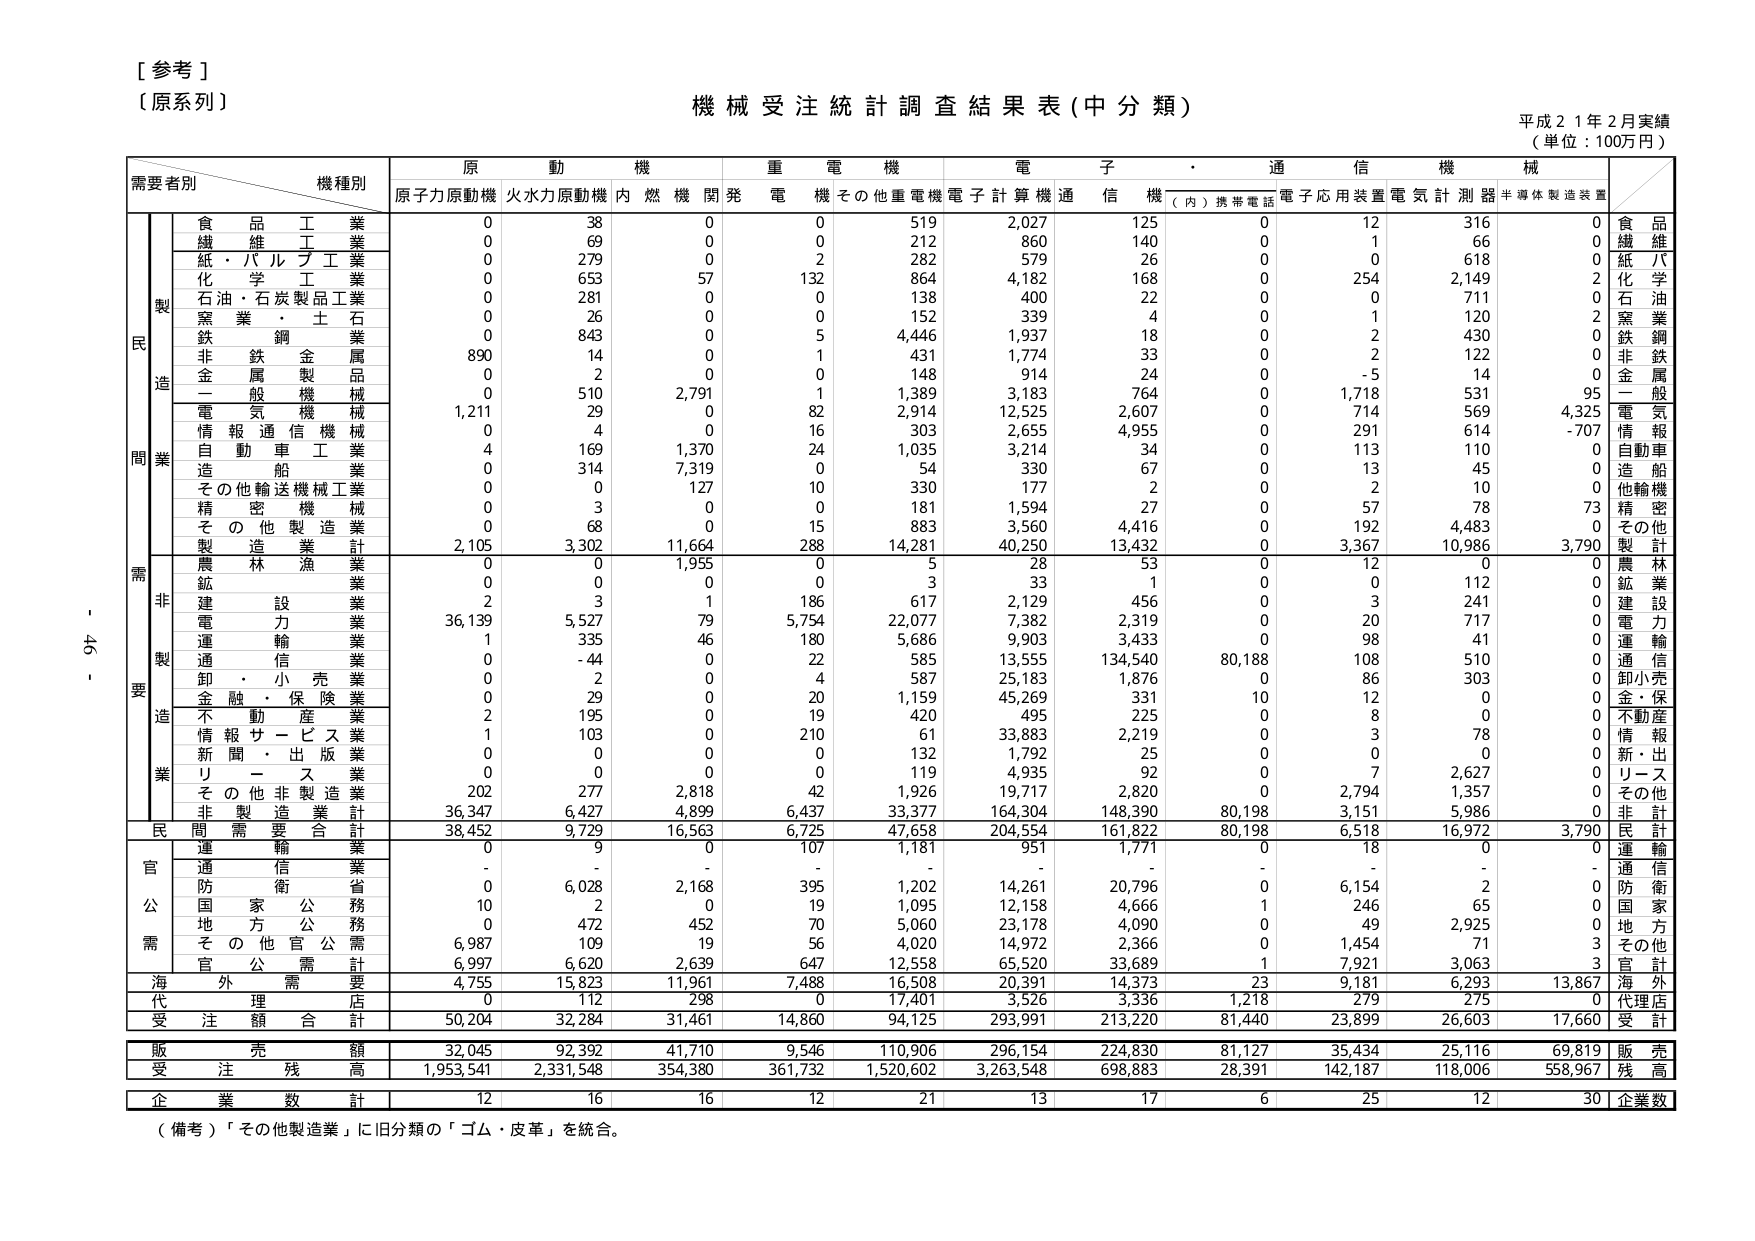
[参考]
（原系列）
機械受注統計調査結果表（中分類）
平成21年2月実績
（単位：100万円）

需要者別　　機種別
　　　　　　原動機　　重電機　　電子・通信機械
　　　　　　原子力原動機　火水力原動機　内燃機関発電機　その他重電機　電子計算機　通信機（内）携帯電話　電子応用装置　電気計測器　半導体製造装置

製造業
　　食品工業　　　　　　0　　　38　　　0　　　0　　　519　　　2,027　　　125　　　0　　　12　　　316　　　0
　　繊維工業　　　　　　0　　　69　　　0　　　0　　　212　　　860　　　140　　　0　　　1　　　66　　　0
　　紙・パルプ工業　　　0　　　279　　　0　　　2　　　282　　　579　　　26　　　0　　　0　　　618　　　0
　　化学工業　　　　　　0　　　653　　　57　　　132　　　864　　　4,182　　　168　　　0　　　254　　　2,149　　　2
　　石油・石炭製品工業　0　　　281　　　0　　　0　　　138　　　400　　　22　　　0　　　0　　　711　　　0
　　窯業・土石　　　　　0　　　26　　　0　　　0　　　152　　　339　　　4　　　0　　　1　　　120　　　2
　　鉄鋼業　　　　　　　0　　　843　　　0　　　5　　　4,446　　　1,937　　　18　　　0　　　2　　　430　　　0
　　非鉄金属業　　　　　890　　　14　　　0　　　1　　　431　　　1,774　　　33　　　0　　　2　　　122　　　0
　　金属製品業　　　　　0　　　2　　　0　　　0　　　148　　　914　　　24　　　0　　　-5　　　14　　　0
　　一般機械　　　　　　0　　　510　　　2,791　　　1　　　1,389　　　3,183　　　764　　　0　　　1,718　　　531　　　95
　　電気機械　　　　　　1,211　　　29　　　0　　　82　　　2,914　　　12,525　　　2,607　　　0　　　714　　　569　　　4,325
　　情報通信機械　　　　0　　　4　　　0　　　16　　　303　　　2,655　　　4,955　　　0　　　291　　　614　　　-707
　　自動車工業　　　　　4　　　169　　　1,370　　　24　　　1,035　　　3,214　　　34　　　0　　　113　　　110　　　0
　　造船業　　　　　　　0　　　314　　　7,319　　　0　　　54　　　330　　　67　　　0　　　13　　　45　　　0
　　その他輸送機械工業　0　　　0　　　127　　　10　　　330　　　177　　　2　　　0　　　2　　　10　　　0
　　精密機械　　　　　　0　　　3　　　0　　　0　　　181　　　1,594　　　27　　　0　　　57　　　78　　　73
　　その他製造業　　　　0　　　68　　　0　　　15　　　883　　　3,560　　　4,416　　　0　　　192　　　4,483　　　0
　　製造業計　　　　　　2,105　　　3,302　　　11,664　　　288　　　14,281　　　40,250　　　13,432　　　0　　　3,367　　　10,986　　　3,790

非製造業
　　農林漁業　　　　　　0　　　0　　　1,955　　　0　　　5　　　28　　　53　　　0　　　12　　　0　　　0
　　鉱業　　　　　　　　0　　　0　　　0　　　0　　　3　　　33　　　1　　　0　　　0　　　112　　　0
　　建設業　　　　　　　2　　　3　　　1　　　186　　　617　　　2,129　　　456　　　0　　　3　　　241　　　0
　　電力業　　　　　　　36,139　　　5,527　　　79　　　5,754　　　22,077　　　7,382　　　2,319　　　0　　　20　　　717　　　0
　　運輸業　　　　　　　1　　　335　　　46　　　180　　　5,686　　　9,903　　　3,433　　　0　　　98　　　41　　　0
　　通信業　　　　　　　0　　　-44　　　0　　　22　　　585　　　13,555　　　134,540　　　80,188　　　108　　　510　　　0
　　卸・小売業　　　　　0　　　2　　　0　　　4　　　587　　　25,183　　　1,876　　　0　　　86　　　303　　　0
　　金融・保険業　　　　0　　　29　　　0　　　20　　　1,159　　　45,269　　　331　　　10　　　12　　　0　　　0
　　不動産業　　　　　　2　　　195　　　0　　　19　　　420　　　495　　　225　　　0　　　8　　　0　　　0
　　情報サービス業　　　1　　　103　　　0　　　210　　　61　　　33,883　　　2,219　　　0　　　3　　　78　　　0
　　新聞・出版業　　　　0　　　0　　　0　　　0　　　132　　　1,792　　　25　　　0　　　0　　　0　　　0
　　リース業　　　　　　0　　　0　　　0　　　0　　　119　　　4,935　　　92　　　0　　　7　　　2,627　　　0
　　その他非製造業　　　202　　　277　　　2,818　　　42　　　1,926　　　19,717　　　2,820　　　0　　　2,794　　　1,357　　　0
　　非製造業計　　　　　36,347　　　6,427　　　4,899　　　6,437　　　33,377　　　164,304　　　148,390　　　80,198　　　3,151　　　5,986　　　0

民間需要合計　　　　　38,452　　　9,729　　　16,563　　　6,725　　　47,658　　　204,554　　　161,822　　　80,198　　　6,518　　　16,972　　　3,790

官公需
　　運輸業　　　　　　　0　　　9　　　0　　　107　　　1,181　　　951　　　1,771　　　0　　　18　　　0　　　0
　　通信業　　　　　　　-　　　-　　　-　　　-　　　-　　　-　　　-　　　-　　　-　　　-　　　-
　　防衛省　　　　　　　0　　　6,028　　　2,168　　　395　　　1,202　　　14,261　　　20,796　　　0　　　6,154　　　2　　　0
　　国家公務　　　　　　10　　　2　　　0　　　19　　　1,095　　　12,158　　　4,666　　　1　　　246　　　65　　　0
　　地方公務　　　　　　0　　　472　　　452　　　70　　　5,060　　　23,178　　　4,090　　　0　　　49　　　2,925　　　0
　　その他官公需　　　　6,987　　　109　　　19　　　56　　　4,020　　　14,972　　　2,366　　　0　　　1,454　　　71　　　3
　　官公需計　　　　　　6,997　　　6,620　　　2,639　　　647　　　12,558　　　65,520　　　33,689　　　1　　　7,921　　　3,063　　　3

海外需要　　　　　　　4,755　　　15,823　　　11,961　　　7,488　　　16,508　　　20,391　　　14,373　　　23　　　9,181　　　6,293　　　13,867

代理店　　　　　　　　0　　　112　　　298　　　0　　　17,401　　　3,526　　　3,336　　　1,218　　　279　　　275　　　0

受注額合計　　　　　　50,204　　　32,284　　　31,461　　　14,860　　　94,125　　　293,991　　　213,220　　　81,440　　　23,899　　　26,603　　　17,660

販売額　　　　　　　　32,045　　　92,392　　　41,710　　　9,546　　　110,906　　　296,154　　　224,830　　　81,127　　　35,434　　　25,116　　　69,819

受注残高　　　　　　　1,953,541　　　2,331,548　　　354,380　　　361,732　　　1,520,602　　　3,263,548　　　698,883　　　28,391　　　142,187　　　118,006　　　558,967

企業数計　　　　　　　12　　　16　　　16　　　12　　　21　　　13　　　17　　　6　　　25　　　12　　　30

（備考）「その他製造業」に旧分類の「ゴム・皮革」を統合。